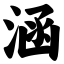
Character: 涵